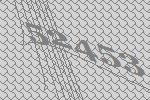
52453